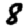
Digit: 8